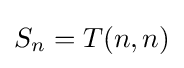
S_{n}=T(n,n)